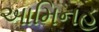
આમિનહ